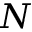
N